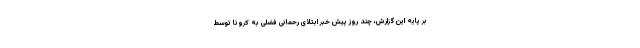
بر پایه این گزارش، چند روز پیش خبر ابتلای رحمانی فضلی به کرونا توسط